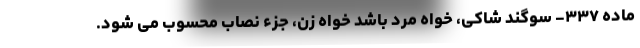
ماده ۳۳۷- سوگند شاکی، خواه مرد باشد خواه زن، جزء نصاب محسوب می شود.